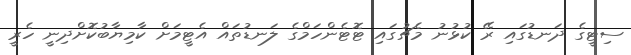
ސިޓީގެ ދަނޑުގައި ރޭ ކުޅުނު މެޗުގައި ޓޮޓެންހަމްގެ ލަނޑުތައް އެޓީމަށް ކާމިޔާބުކޮށްދިނީ ހެރީ